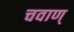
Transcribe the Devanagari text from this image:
चवाण्